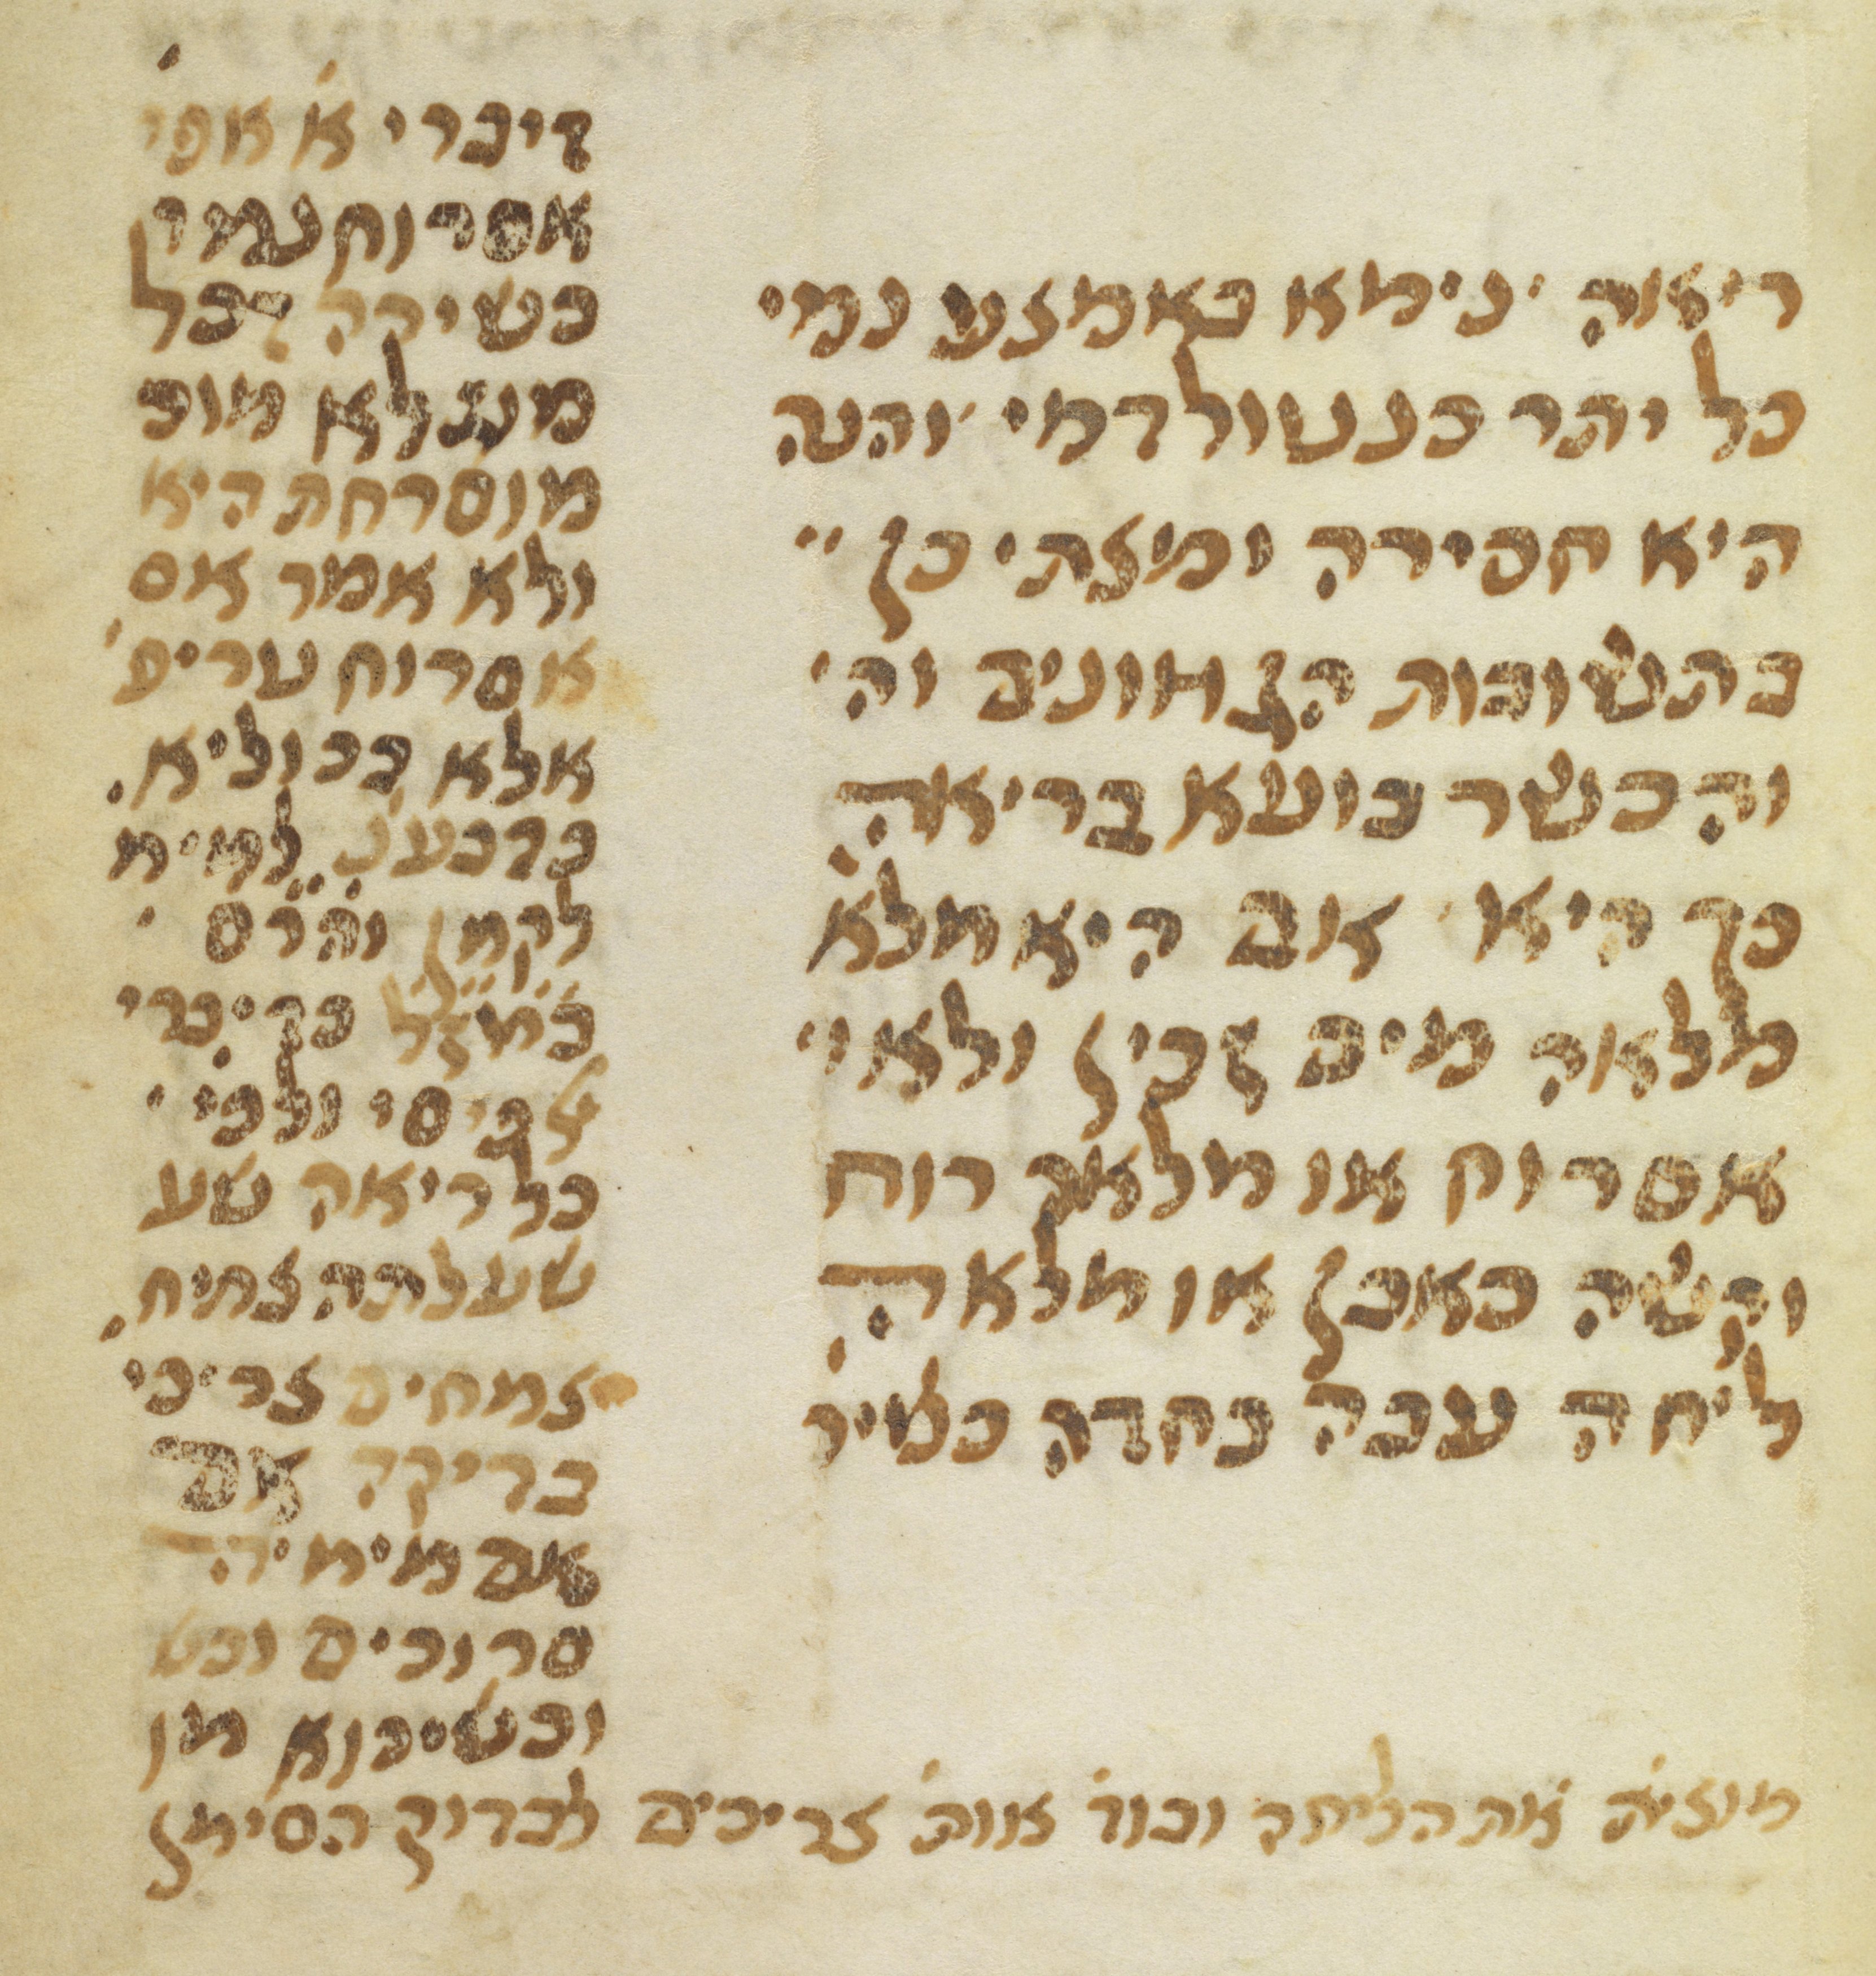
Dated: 1300–1399